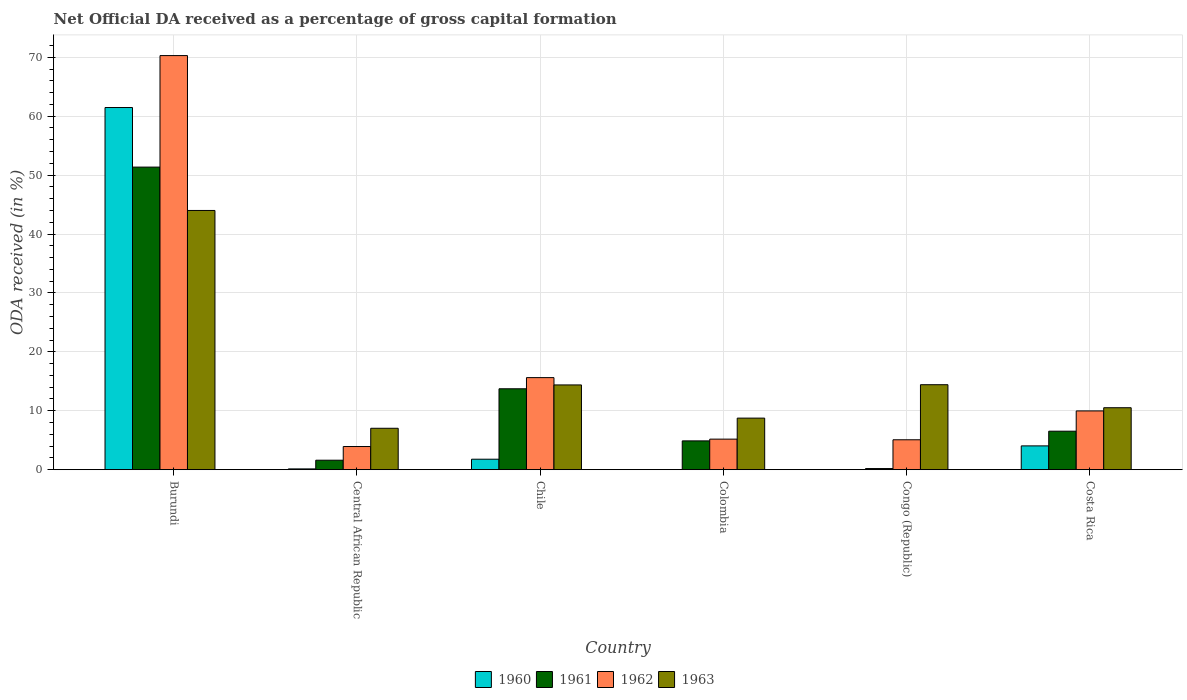
| Country | 1960 | 1961 | 1962 | 1963 |
 | --- | --- | --- | --- | --- |
 | Burundi | 61.5 | 51.4 | 70.3 | 44 |
 | Central African Republic | 0.136 | 1.61 | 3.93 | 7.03 |
 | Chile | 1.78 | 13.7 | 15.6 | 14.4 |
 | Colombia | -1.4 | 4.89 | 5.19 | 8.75 |
 | Congo (Republic) | 0.0285 | 0.194 | 5.08 | 14.4 |
 | Costa Rica | 4.04 | 6.54 | 9.98 | 10.5 |